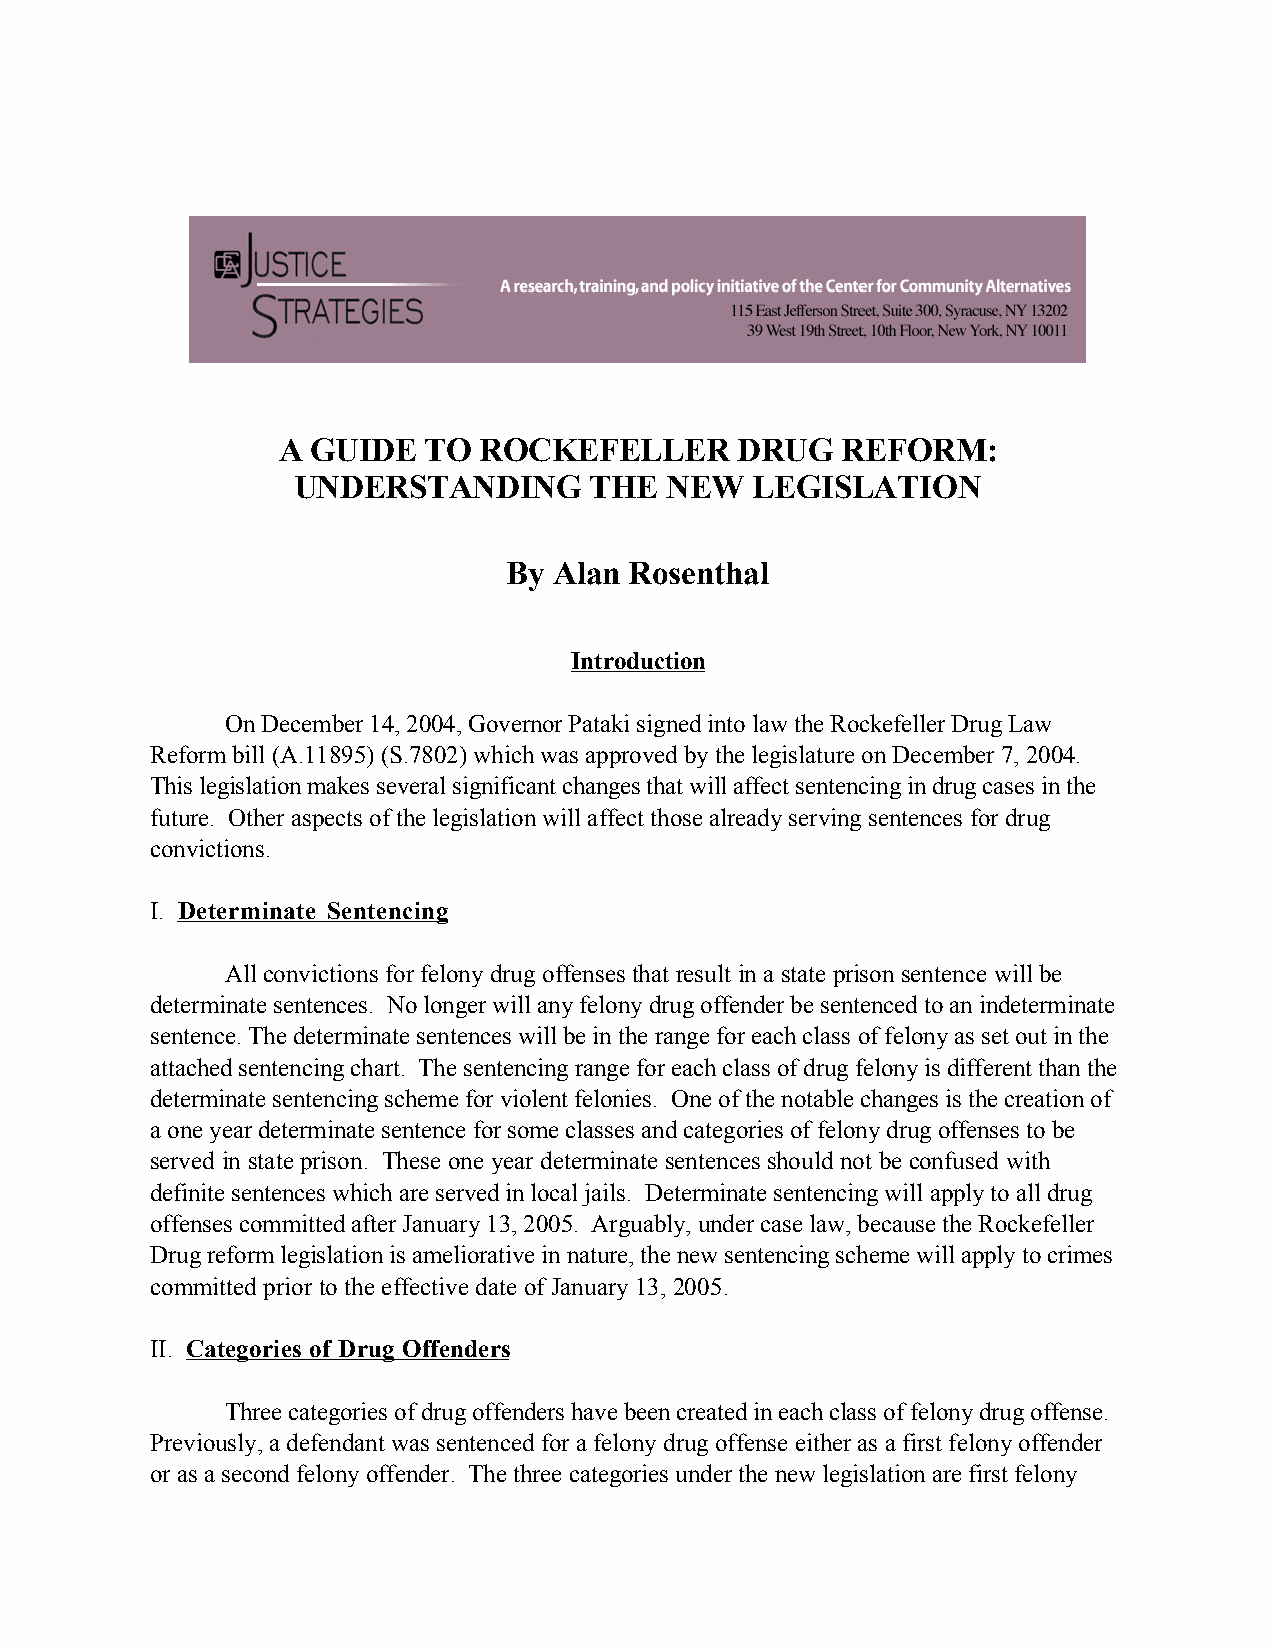
A  GUIDE  TO  ROCKEFELLER      DRUG   REFORM:
 UNDERSTANDING       THE  NEW   LEGISLATION
 By Alan Rosenthal
 Introduction
 On December 14, 2004, Governor Pataki signed into law the Rockefeller Drug Law
 Reform bill (A.11895) (S.7802) which was approved by the legislature on December 7, 2004.
 This legislation makes several significant changes that will affect sentencing in drug cases in the
 future. Other aspects of the legislation will affect those already serving sentences for drug
 convictions.
 I. Determinate Sentencing
 All convictions for felony drug offenses that result in a state prison sentence will be
 determinate sentences. No longer will any felony drug offender be sentenced to an indeterminate
 sentence. The determinate sentences will be in the range for each class of felony as set out in the
 attached sentencing chart. The sentencing range for each class of drug felony is different than the
 determinate sentencing scheme for violent felonies. One of the notable changes is the creation of
 a one year determinate sentence for some classes and categories of felony drug offenses to be
 served in state prison. These one year determinate sentences should not be confused with
 definite sentences which are served in local jails. Determinate sentencing will apply to all drug
 offenses committed after January 13, 2005. Arguably, under case law, because the Rockefeller
 Drug reform legislation is ameliorative in nature, the new sentencing scheme will apply to crimes
 committed prior to the effective date of January 13, 2005.
 II. Categories of Drug Offenders
 Three categories of drug offenders have been created in each class of felony drug offense.
 Previously, a defendant was sentenced for a felony drug offense either as a first felony offender
 or as a second felony offender. The three categories under the new legislation are first felony